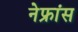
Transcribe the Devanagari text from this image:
नेफ्रांस